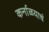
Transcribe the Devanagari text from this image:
कर्नाळयाचं